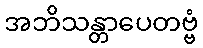
အဘိသန္တာပေတဗ္ဗံ